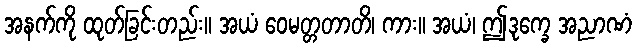
အနက်ကို ထုတ်ခြင်းတည်း။ အယံ ဝေမတ္တတာတိ၊ ကား။ အယံ၊ ဤဒုက္ခေ အညာဏံ